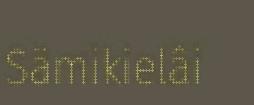
Sämikielâi